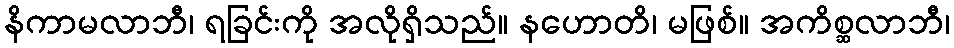
နိကာမလာဘီ၊ ရခြင်းကို အလိုရှိသည်။ နဟောတိ၊ မဖြစ်။ အကိစ္ဆလာဘီ၊